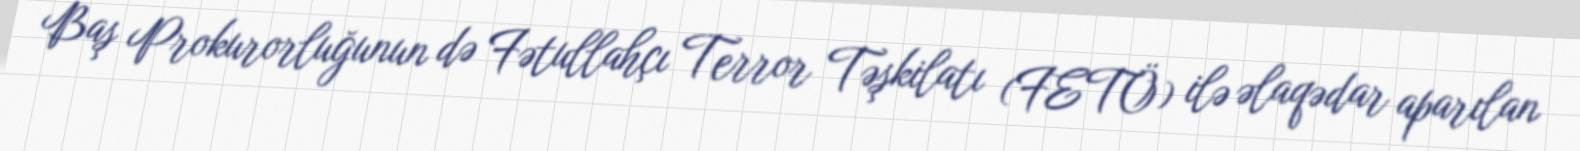
Baş Prokurorluğunun də Fətullahçı Terror Təşkilatı (FETÖ) ilə əlaqədar aparılan